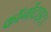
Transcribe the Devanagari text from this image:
कॉर्नोटाइट।